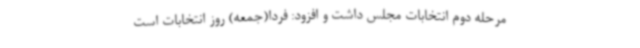
مرحله دوم انتخابات مجلس داشت و افزود: فردا(جمعه) روز انتخابات است